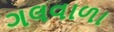
ગલવાળા